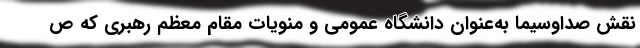
نقش صداوسیما به‌عنوان دانشگاه عمومی و منویات مقام معظم رهبری که ص